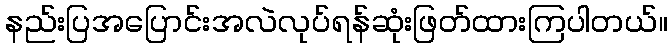
နည်းပြအပြောင်းအလဲလုပ်ရန်ဆုံးဖြတ်ထားကြပါတယ်။